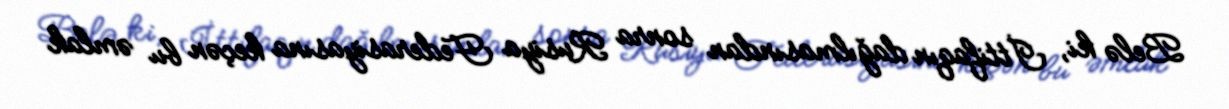
Belə ki, İttifaqın dağılmasından sonra Rusiya Federasiyasına keçən bu əmlak